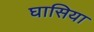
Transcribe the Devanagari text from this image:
घासिया